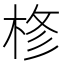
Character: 𭪊